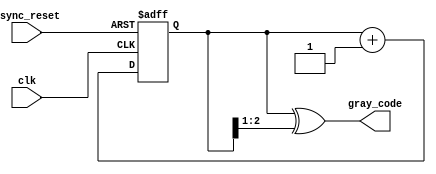
module gray_code_async_counter (
    input wire clk,          // Clock input (not used in asynchronous design)
    input wire async_reset,  // Asynchronous reset input
    output reg [2:0] gray_code // 3-bit Gray code output
);

    // Intermediate binary representation of the counter
    reg [2:0] binary_count;

    // Gray code conversion
    function [2:0] binary_to_gray;
        input [2:0] binary;
        begin
            binary_to_gray = binary ^ (binary >> 1);
        end
    endfunction

    always @(posedge clk or posedge async_reset) begin
        if (async_reset) begin
            binary_count <= 3'b000; // Reset binary count to 0
        end else begin
            // Increment the binary counter
            binary_count <= binary_count + 1'b1;
        end
    end

    always @(binary_count) begin
        // Convert binary count to Gray code
        gray_code <= binary_to_gray(binary_count);
    end

endmodule